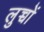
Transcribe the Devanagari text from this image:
लुच्चों